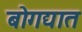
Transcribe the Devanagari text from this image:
बोगद्यात